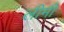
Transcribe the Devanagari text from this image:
लीमी